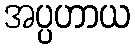
အပ္ပဟာယ